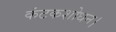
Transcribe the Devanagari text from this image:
कंटकशोधन।